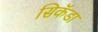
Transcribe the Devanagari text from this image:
सिकॅडा